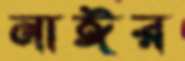
নাঈর